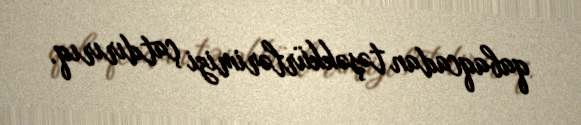
qabaqcadan təşəkkürlərimizi çatdırırıq.